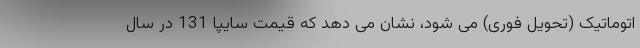
اتوماتیک (تحویل فوری) می شود، نشان می دهد که قیمت سایپا 131 در سال